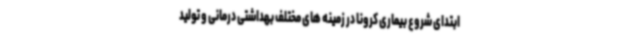
ابتدای شروع بیماری کرونا در زمینه های مختلف بهداشتی درمانی و تولید